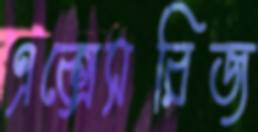
এক্সেসরিজ